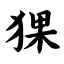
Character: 猓